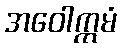
အဝေါက္ကမံ